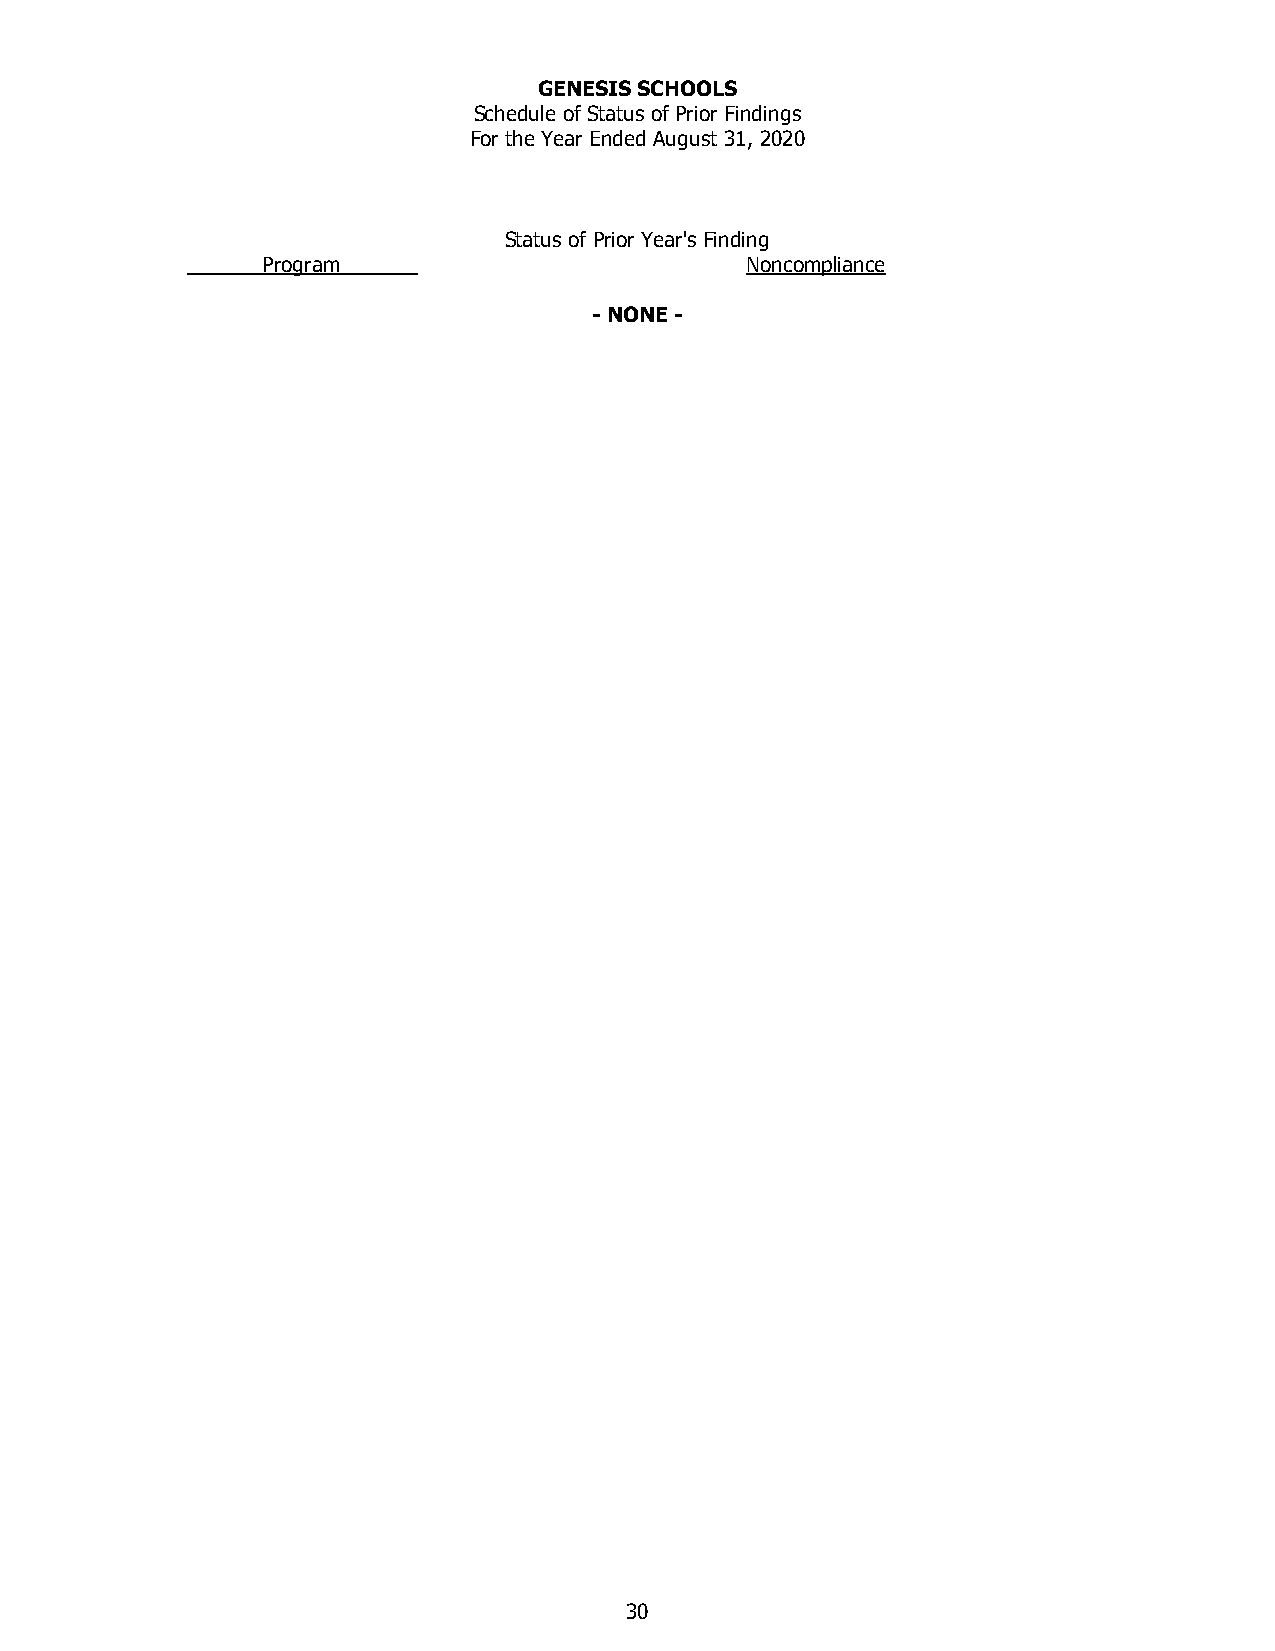
GENESIS SCHOOLS
 Schedule of Status of Prior Findings
 For the Year Ended August 31, 2020
 Status of Prior Year's Finding
 Program                         Noncompliance
 - NONE -
 30